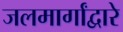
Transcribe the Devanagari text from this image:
जलमार्गांद्वारे